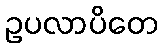
ဥပလာပိတေ